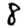
Digit: 8